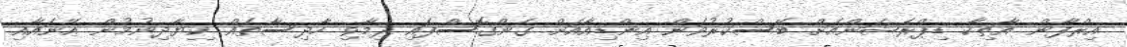
އިރްފާން އާތިކާ ޑިޕްރެޝަންއަށް ބޭސްކުރުވަން އިންޑިއާއަށް ގެންގޮސްފައި ދިމާވި ހާދިސާތައް ކިޔާދިނުމުން އޭނައާއި